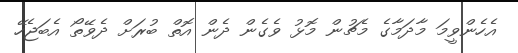
އެހެންވީމަ މާދަމާގެ މެޗުން މޮޅު ވެގެން ދެން އޮތް ބުރަށް ދެވޭތޯ އެބަޖެހޭ